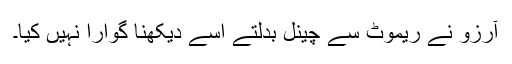
آرزو نے ریموٹ سے چینل بدلتے اسے دیکھنا گوارا نہیں کیا۔